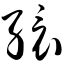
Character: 缳